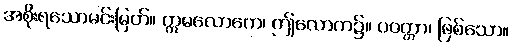
အစိုးရသောမင်းမြတ်။ ဣဓလောကေ၊ ဤလောက၌။ ပဝတ္တာ၊ ဖြစ်သော။